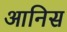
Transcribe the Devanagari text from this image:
आनिस